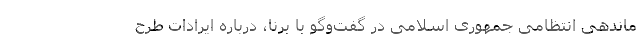
ماندهی انتظامی جمهوری اسلامی در گفت‌وگو با برنا، درباره ایرادات طرح